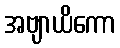
အဗျာယိကော